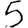
Digit: 5